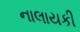
નાલાયકી